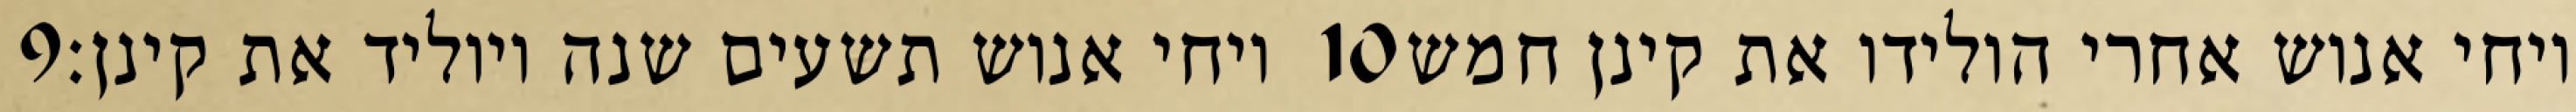
‎9‏ ויחי אנוש תשעים שנה ויוליד את קינן׃ ‎10‏ ויחי אנוש אחרי הולידו את קינן חמש